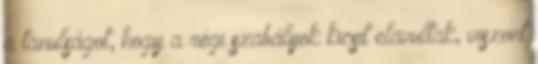
a tanulságot, hogy a régi szabályok kicsit elavultak, viszont